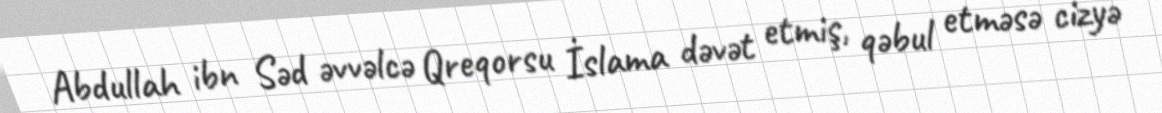
Abdullah ibn Səd əvvəlcə Qreqorsu İslama dəvət etmiş, qəbul etməsə cizyə